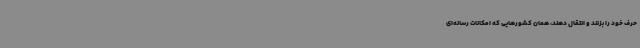
حرف خود را بزنند و انتقال دهند، همان کشورهایی که امکانات رسانه‌ای